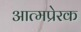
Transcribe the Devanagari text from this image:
आत्मप्रेरक